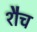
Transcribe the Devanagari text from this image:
शैच